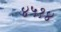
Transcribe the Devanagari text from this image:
४५१४